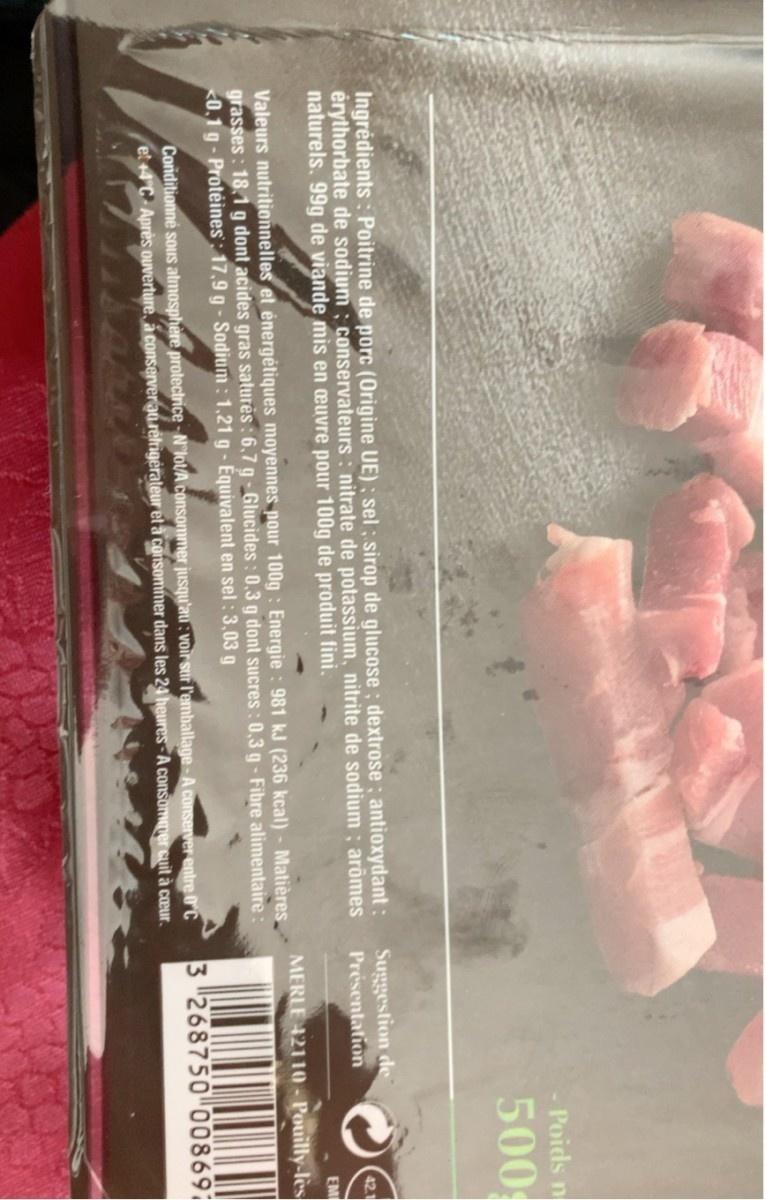
Ingredients: Poitrine de porc (Origine UE); sel; sirop de glucose; dextrose; antioxydant : érythorbate de sodium; conservateurs: nitrate de potassium, nitrite de sodium; arômes naturels. 99g de viande mis en œuvre pour 100g de produit fini.
Valeurs nutritionnelles et énergétiques moyennes pour 100g: Energie: 981 kJ (236 kcal) - Matières grasses: 18,1 g dont acides gras saturės: 6,7 g-Glucides: 0,3 g dont sucres: 0,3 g - Fibre alimentaire : <0,1 g-Protéines: 17,9 g - Sodium: 1,21 g - Equivalent en sel: 3,03 g
Conditionné sous atmosphère protectrice-Nºlot/A consommer jusqu'au: voir sur l'emballage- A conserver entre 0°C et +4°C Après ouverture, á conserver au réfrigérateur et à consommer dans les 24 heures A consommer cuit à cœur.
Suggestion de Présentation
Poids n
500
42.1
EM
MERLE 42110-Pouilly-les
3 268750 008691